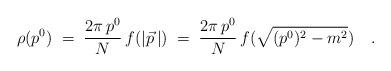
LaTeX: \begin{align*}\rho(p^0) \; = \; \frac{2\pi \, p^0}{N} \, f(|\vec p \,|) \; = \; \frac{2\pi \, p^0}{N} \,f(\sqrt { (p^0)^2 - m^2 }) \quad .\end{align*}